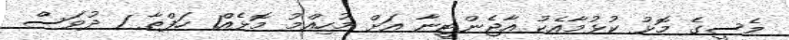
މެސީގެ މޮޅު ކުޅުމާއެކު އާޖެންޓީނާ އަށް މުހިއްމު މޮޅެއް1 ހަފްތާ 1 ދުވަސް